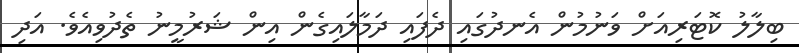
ބިލާލު ކޮޓަރިއަށް ވަނުމުން އެނދުގައި ދެފައި ދަމާލައިގެން އިން ޝަރުމީނު ތެދުވިއެވެ. އަދި